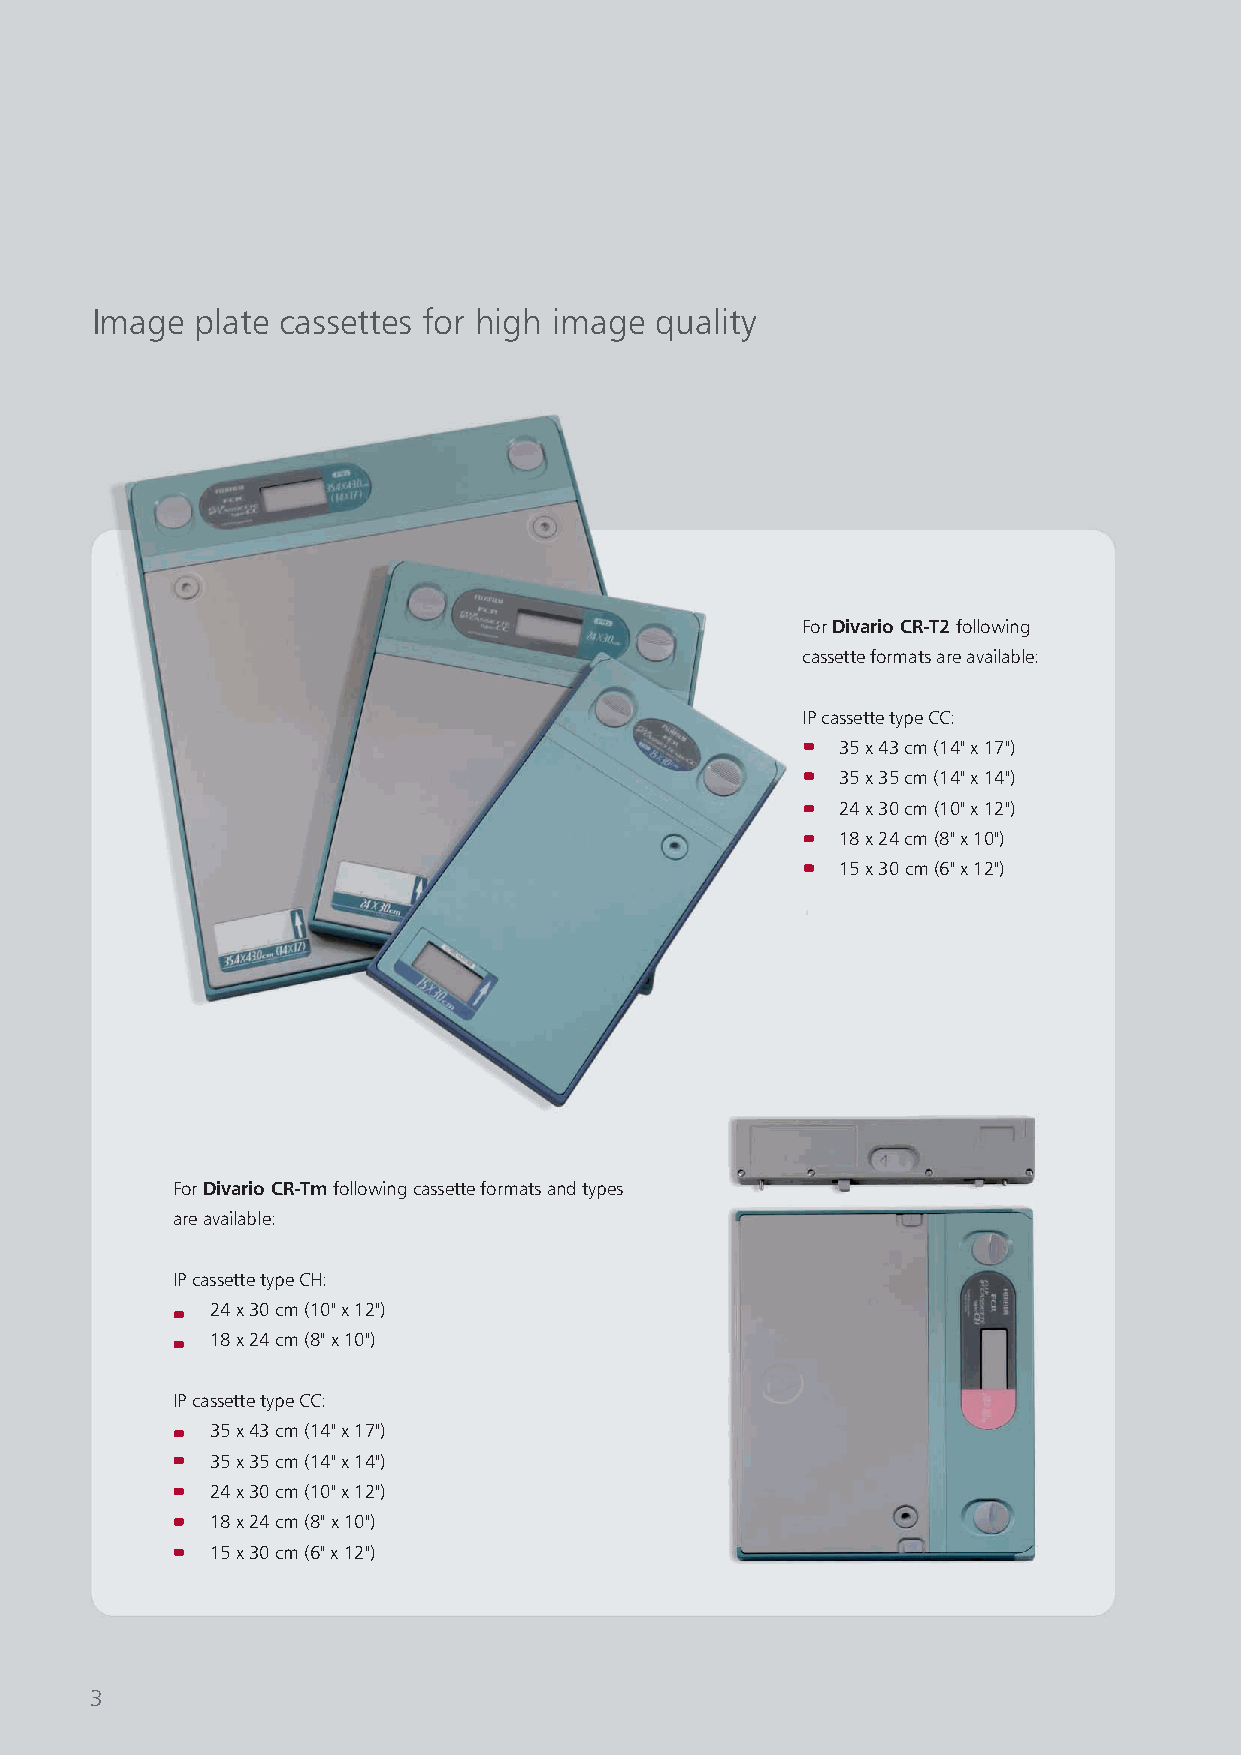
Image  plate cassettes for high image quality
 ForDivario CR-T2following
 cassette formats are available:
 IP cassette type CC:
 35 x 43 cm (14" x 17")
 35 x 35 cm (14" x 14")
 24 x 30 cm(10" x 12")
 18 x 24 cm(8" x 10")
 15 x 30 cm(6" x 12")
 ForDivario CR-Tmfollowing cassette formats and types
 are available:
 IP cassette type CH:
 24 x 30 cm(10" x 12")
 18 x 24 cm(8" x 10")
 IPcassette type CC:
 35 x 43 cm (14" x 17")
 35 x 35 cm (14" x 14")
 24 x 30 cm(10" x 12")
 18 x 24 cm(8" x 10")
 15 x 30 cm(6" x 12")
 3